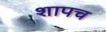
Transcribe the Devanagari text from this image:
शापच